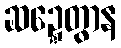
ဆဍ္ဍေတွာန